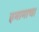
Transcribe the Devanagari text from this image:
इमामाचा